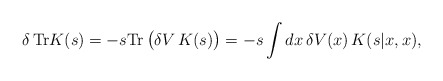
\begin{align*}\delta \,{\rm Tr}K(s)=-s{\rm Tr}\, \big(\delta V\,K(s)\big) =-s\int dx\,\delta V(x)\,K(s|x,x), \end{align*}